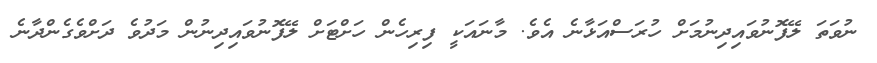
ނުވަތަ ލޭފޮނުވައިދިނުމަށް ހުރަސްއަޅާނެ އެވެ. މާނައަކީ ފިރިހެން ހަށްޓަށް ލޭފޮނުވައިދިނުން މަދުވެ ދަށްވެގެންދާނެ